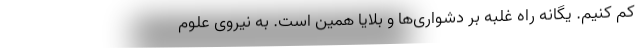
کم کنیم. یگانه راه غلبه بر دشواری‌ها و بلایا همین است. به نیروی علوم